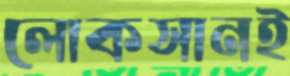
লোকসানই